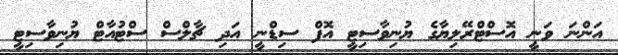
އަންނަ ވަނީ އޮސްޓްރޭލިޔާގެ ޔުނިވާސިޓީ އޮފް ސިޑްނީ އަދި ޗާލްސް ސްޓުއާޓް ޔުނިވާސިޓީ